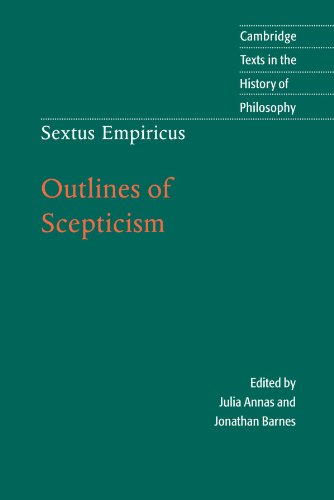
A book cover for Sextus Empiricus: Outlines of Scepticism (Cambridge Texts in the History of Philosophy); Sextus Empiricus; Politics & Social Sciences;